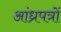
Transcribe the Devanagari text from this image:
आंध्रपत्रों